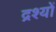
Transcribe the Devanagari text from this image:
द्रश्‍यों